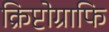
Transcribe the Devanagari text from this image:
क्रिप्टोग्राफि